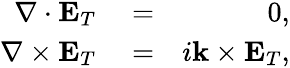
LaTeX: \begin{array}{rlr}{\nabla\cdot\mathbf{E}_{T}}&{{}=}&{0,}\\ {\nabla\times\mathbf{E}_{T}}&{{}=}&{i\mathbf{k}\times\mathbf{E}_{T},}\end{array}